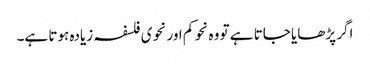
اگر پڑھایا جاتا ہے تو وہ نحو کم اور نحوی فلسفہ زیادہ ہوتا ہے۔